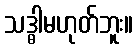
သဒ္ဓါမဟုတ်ဘူး။